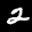
Label: 2